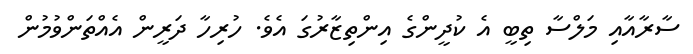
ސާރާއާއި މަލްސާ ތިބީ އެ ކުދީންގެ އިންތިޒާރުގަ އެވެ. ހުރިހާ ދަރީން އެއްތަންވުމުން